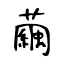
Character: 繭